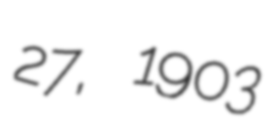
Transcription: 27, 1903